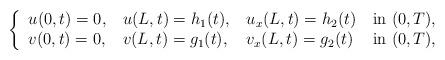
LaTeX: \begin{align*}\left\lbrace\begin{tabular}{l l l l}$u(0,t) = 0$, & $u(L,t) = h_1(t)$, & $u_{x}(L,t) = h_2(t)$ & in $(0,T)$,\\$v(0,t) = 0$, & $v(L,t) = g_1(t)$, & $v_{x}(L,t) = g_2(t)$ & in $(0,T)$,\end{tabular}\right.\end{align*}